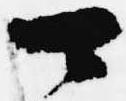
可